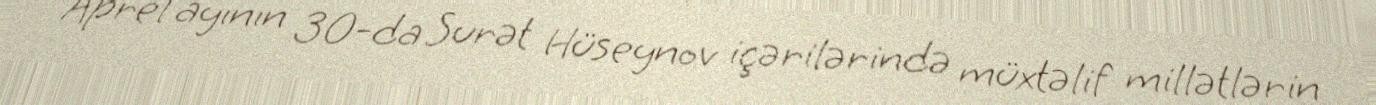
Aprel ayının 30-da Surət Hüseynov içərilərində müxtəlif millətlərin